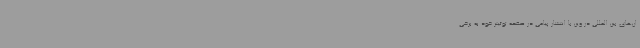
ان‌های بین المللی در وین با انتشار پیامی در صفحه توئیتر خود به برخی